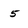
Character: 5